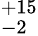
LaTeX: ^{+15}_{-2}